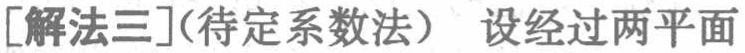
[解法三](待定系数法) 设经过两平面